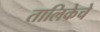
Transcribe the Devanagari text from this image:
तालिकेचे